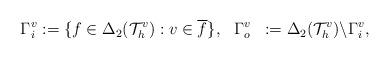
LaTeX: \begin{align*} \begin{aligned} \Gamma_i^v &:= \{f \in \Delta_2(\mathcal{T}_h^v):v \in \overline{f}\}, && \Gamma_o^v &:= \Delta_2(\mathcal{T}_h^v) \backslash \Gamma_i^v, \end{aligned}\end{align*}